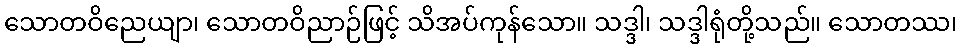
သောတဝိညေယျာ၊ သောတဝိညာဉ်ဖြင့် သိအပ်ကုန်သော။ သဒ္ဒါ၊ သဒ္ဒါရုံတို့သည်။ သောတဿ၊